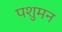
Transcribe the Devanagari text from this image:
पशुमन